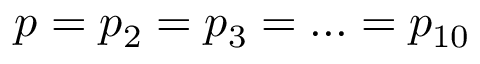
p = p _ { 2 } = p _ { 3 } = . . . = p _ { 1 0 }